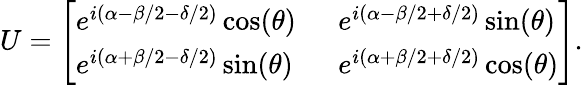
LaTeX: U=\left[\begin{array}{ll}{e^{i(\alpha-\beta/2-\delta/2)}\cos(\theta)~~}&{e^{i(\alpha-\beta/2+\delta/2)}\sin(\theta)}\\ {e^{i(\alpha+\beta/2-\delta/2)}\sin(\theta)~~}&{e^{i(\alpha+\beta/2+\delta/2)}\cos(\theta)}\end{array}\right].